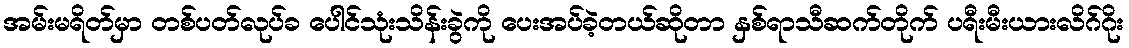
အမ်းမရိတ်မှာ တစ်ပတ်လုပ်ခ ပေါင်သုံးသိန်းခွဲကို ပေးအပ်ခဲ့တယ်ဆိုတာ နှစ်ရာသီဆက်တိုက် ပရီးမီးယားလိဂ်ဂိုး